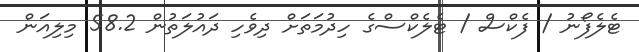
ޓެލެފޯނު / ފެކްސް / ޓެލެކްސްގެ ހިދުމަތަށް ދިވެހި ދައުލަތުން 58.2 މިލިއަން